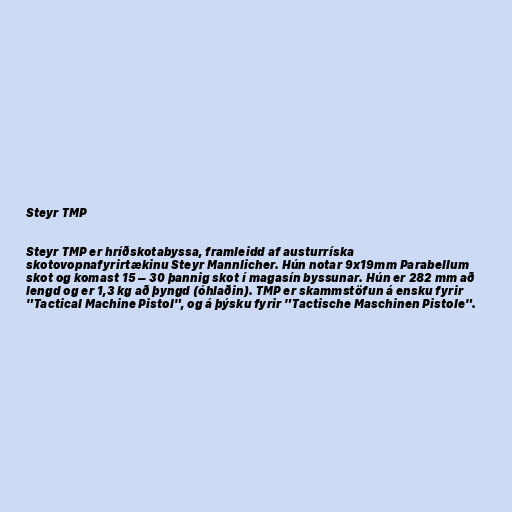
Steyr TMP

Steyr TMP er hríðskotabyssa, framleidd af austurríska
skotovopnafyrirtækinu Steyr Mannlicher. Hún notar 9x19mm Parabellum
skot og komast 15 – 30 þannig skot í magasín byssunar. Hún er 282 mm að
lengd og er 1,3 kg að þyngd (óhlaðin). TMP er skammstöfun á ensku fyrir
"Tactical Machine Pistol", og á þýsku fyrir "Tactische Maschinen Pistole".